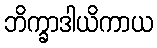
ဘိက္ခာဒါယိကာယ